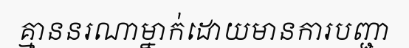
គ្មាននរណាម្នាក់ដោយមានការបញ្ជា